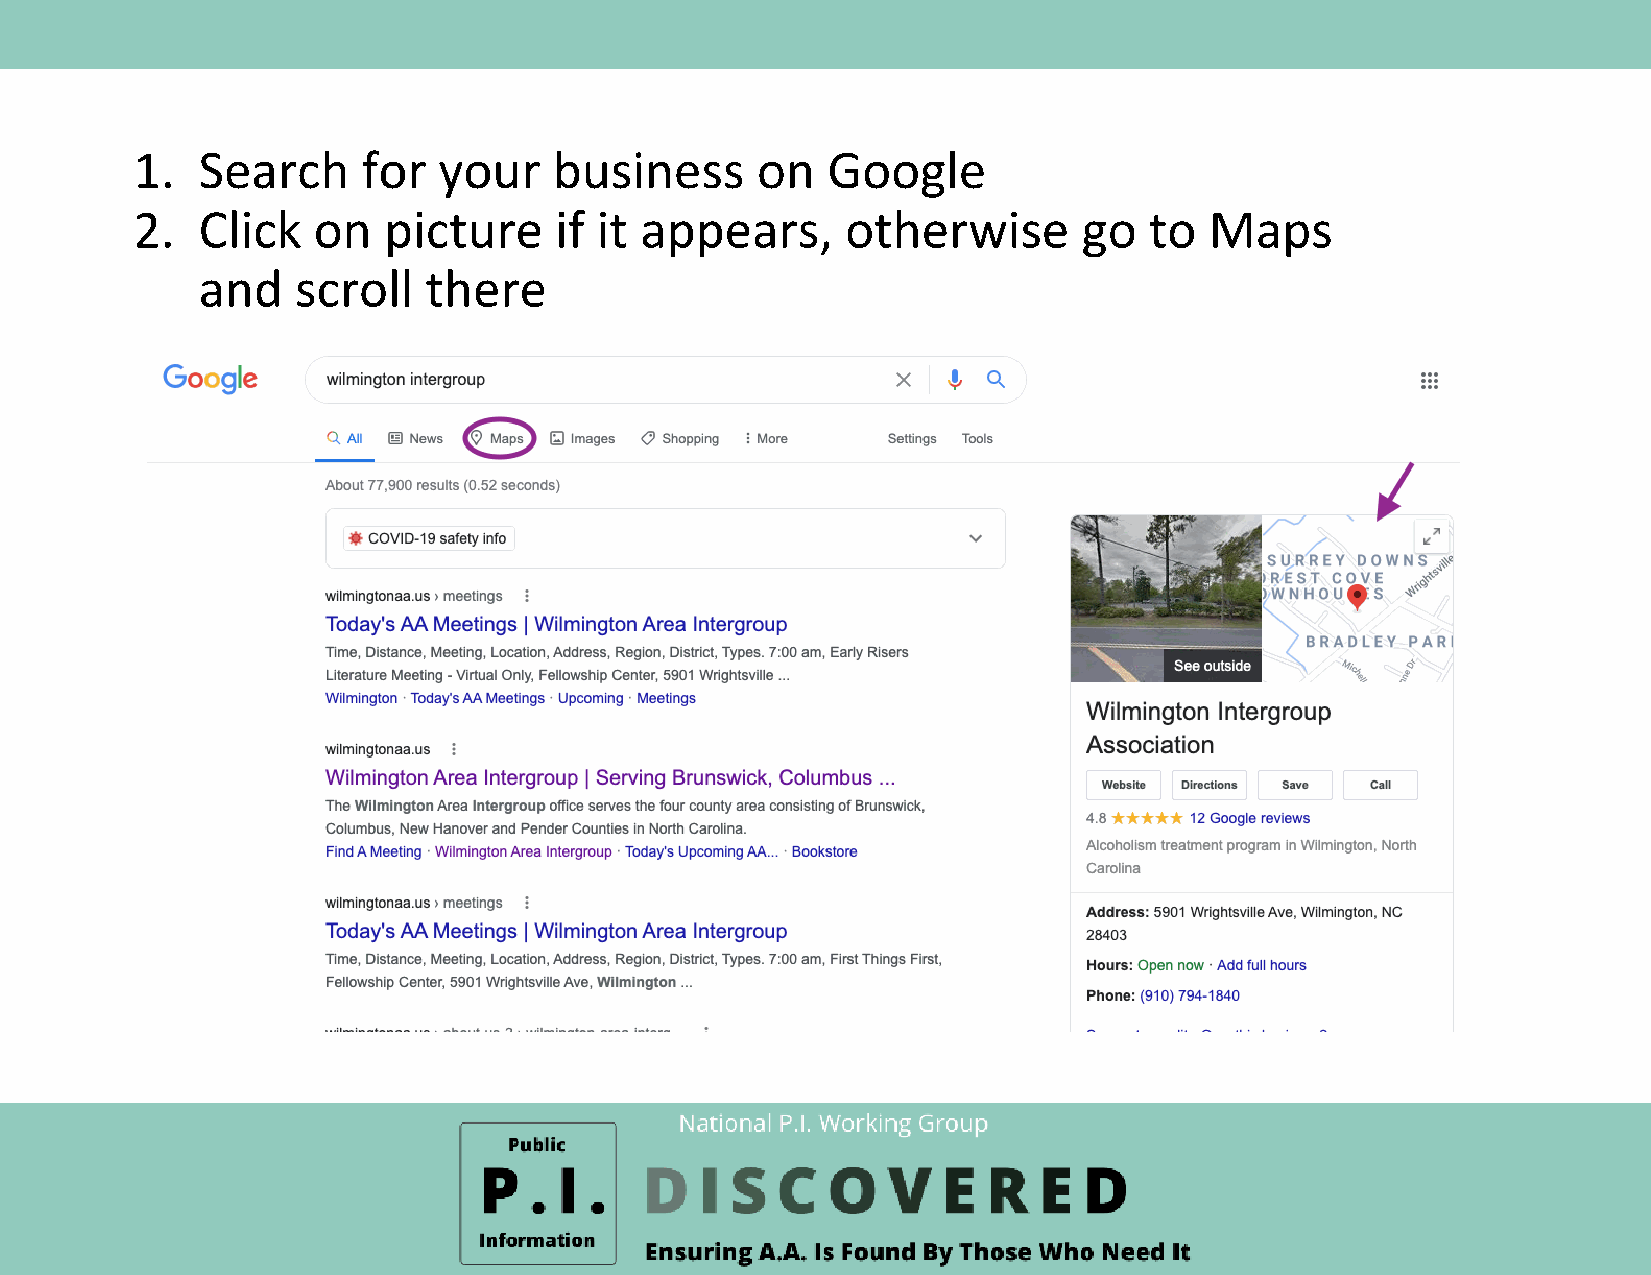
1.  Search     for  your    business     on   Google
 2.  Click   on  picture     if it appears,     otherwise       go  to  Maps
 and    scroll  there